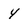
Character: 4